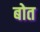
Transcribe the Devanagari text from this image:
बोत